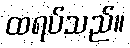
ထရပ်သည်။